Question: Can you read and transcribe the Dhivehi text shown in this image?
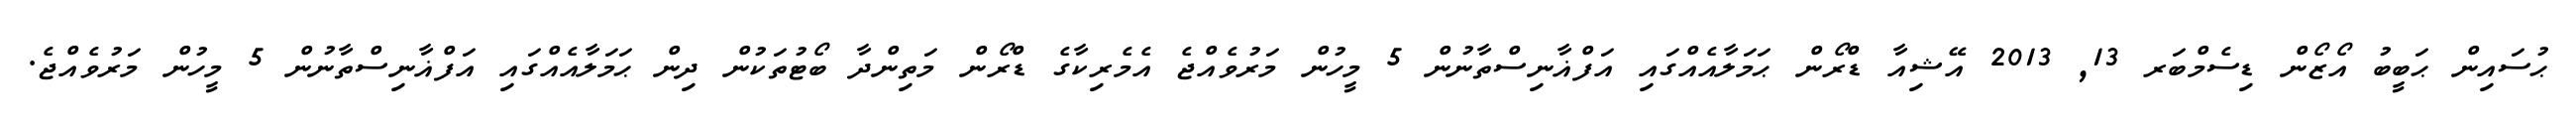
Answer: ޙުސައިން ޙަބީބު އޯޒޯން ޑިސެމްބަރ 13, 2013 އޭޝިއާ ޑްރޯން ޙަމަލާއެއްގައި އަފްޣާނިސްތާނުން 5 މީހުން މަރުވެއްޖެ އެމެރިކާގެ ޑްރޯން މަތިންދާ ބޯޓުތަކުން ދިން ޙަމަލާއެއްގައި އަފްޣާނިސްތާނުން 5 މީހުން މަރުވެއްޖެ.